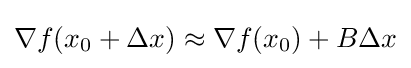
\nabla f(x_{0}+\Delta x)\approx \nabla f(x_{0})+B\Delta x